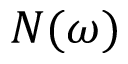
N ( \omega )